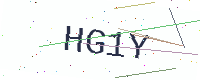
Text: HG1Y